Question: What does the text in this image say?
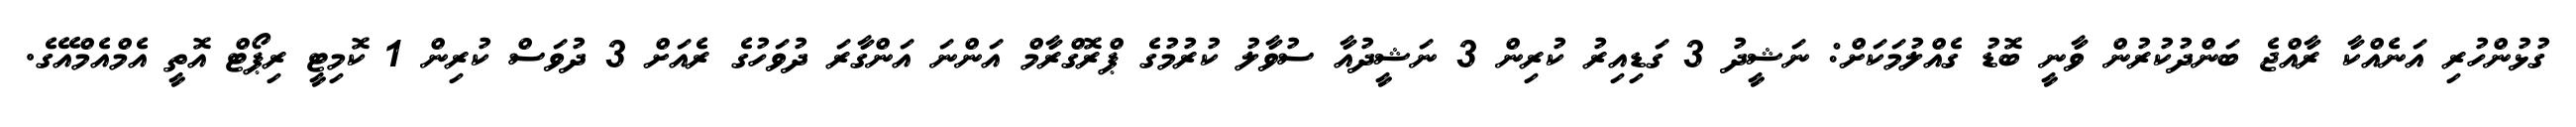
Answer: ގުޅުންހުރި އަނެއްކާ ރާއްޖެ ބަންދުކުރުން ވާނީ ބޮޑު ގެއްލުމަކަށް: ނަޝީދު 3 ގަޑިއިރު ކުރިން 3 ނަޝީދުއާ ސުވާލު ކުރުމުގެ ޕްރޮގްރާމް އަންނަ އަންގާރަ ދުވަހުގެ ރެއަށް 3 ދުވަސް ކުރިން 1 ކޮމިޓީ ރިޕޯޓް އޮތީ އެމްއެމްއޭގެ.